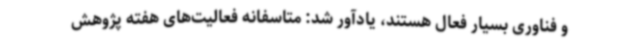
و فناوری بسیار فعال هستند، یادآور شد: متاسفانه فعالیت‌های هفته پژوهش